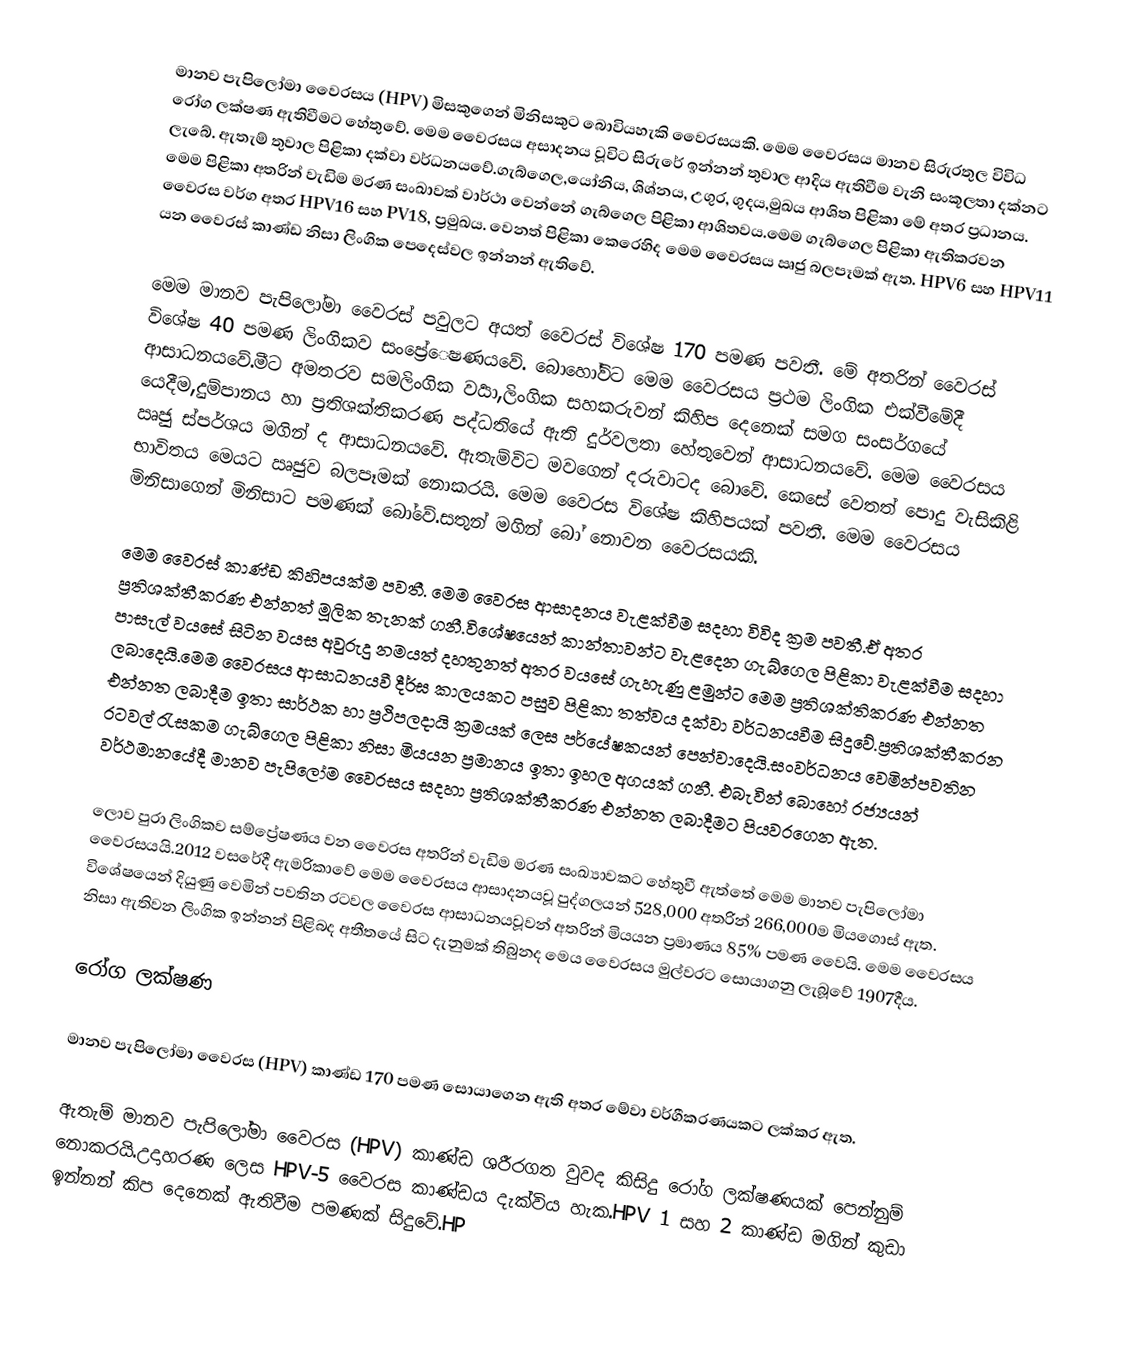
මානව පැපිලෝමා වෛරසය (HPV) මිසකුගෙන් මිනිසකුට බොවියහැකි වෛරසයකි. මෙම වෛරසය මානව සිරුරතුල විවිධ රෝග ලක්ෂණ ඇතිවීමට හේතුවේ. මෙම වෛරසය අසාදනය වූවිට සිරුරේ ඉන්නන් තුවාල ආදිය ඇතිවීම වැනි සංකූලතා දක්නට ලැබේ. ඇතැම් තුවාල පිළිකා දක්වා වර්ධනයවේ.ගැබ්ගෙල,යෝනිය, ශිශ්නය, උගුර, ගුදය,මුඛය ආශිත පිළිකා මේ අතර ප්‍රධානය. මෙම පිළිකා අතරින් වැඩිම මරණ සංඛාවක් වාර්ථා වෙන්නේ ගැබ්ගෙල පිළිකා ආශිතවය.මෙම ගැබ්ගෙල පිළිකා ඇතිකරවන වෛරස වර්ග අතර HPV16 සහ PV18, ප්‍රමුඛය. වෙනත් පිළිකා කෙරෙහිද මෙම වෛරසය ඍජු බලපෑමක් ඇත. HPV6 සහ HPV11 යන වෛරස් කාණ්ඩ නිසා  ලිංගික පෙදෙස්වල ඉන්නන් ඇතිවේ.

මෙම මානව පැපිලෝමා වෛරස් පවුලට අයත් වෛරස් විශේෂ 170 පමණ පවතී. මේ අතරින් වෛරස් විශේෂ 40 පමණ ලිංගිකව සංප්‍රේෙෂණයවේ. බොහෝවිට මෙම වෛරසය ප්‍රථම ලිංගික එක්වීමේදී ආසාධනයවේ.මීට අමතරව සමලිංගික වර්‍යා,ලිංගික සහකරුවන් කිහිප දෙනෙක් සමග සංසර්ගයේ යෙදීම,දුම්පානය හා ප්‍රතිශක්තිකරණ පද්ධතියේ ඇති දුර්වලතා හේතුවෙන් ආසාධනයවේ. මෙම වෛරසය ඍජු ස්පර්ශය මගින් ද ආසාධනයවේ. ඇතැම්විට මවගෙන් දරුවාටද බොවේ. කෙසේ වෙතත් පොදු වැසිකිළි භාවිතය මෙයට ඍජුව බලපෑමක් නොකරයි. මෙම වෛරස විශේෂ කිහිපයක් පවතී. මෙම වෛරසය මිනිසාගෙන් මිනිසාට පමණක් බෝවේ.සතුන් මගින් බෝ නොවන වෛරසයකි.

මෙම වෛරස් කාණ්ඩ කිහිපයක්ම පවතී. මෙම වෛරස ආසාදනය වැළක්වීම සදහා විවිද ක්‍රම පවතී.ඒ අතර ප්‍රතිශක්තීකරණ එන්නත් මූලික තැනක් ගනී.විශේෂයෙන් කාන්තාවන්ට වැළදෙන ගැබ්ගෙල පිළිකා වැළක්වීම සදහා පාසැල් වයසේ සිටින වයස අවුරුදු නමයත් දහතුනත් අතර වයසේ ගැහැණු ළමුන්ට මෙම ප්‍රතිශක්තිකරණ එන්නත ලබාදෙයි.මෙම වෛරසය ආසාධනයවී දීර්ඝ කාලයකට පසුව පිළිකා තත්වය දක්වා වර්ධනයවීම සිදුවේ.ප්‍රතිශක්තීකරන එන්නත ලබාදීම ඉතා සාර්ථක හා ප්‍රථිපලදායි ක්‍රමයක් ලෙස පර්යේෂකයන් පෙන්වාදෙයි.සංවර්ධනය වෙමින්පවතින රටවල් රැසකම ගැබ්ගෙල පිළිකා නිසා මියයන ප්‍රමානය ඉතා ඉහල අගයක් ගනී. එබැවින් බොහෝ රජ්‍යයන් වර්ථමානයේදී මානව පැපිලෝම වෛරසය සදහා ප්‍රතිශක්තීකරණ එන්නත ලබාදීමට පියවරගෙන ඇත.

ලොව පුරා ලිංගිකව සම්ප්‍රේෂණය වන වෛරස අතරින් වැඩිම මරණ සංඛ්‍යාවකට හේතුවී ඇත්තේ මෙම මානව පැපිලෝමා වෛරසයයි.2012 වසරේදී ඇමරිකාවේ මෙම වෛරසය ආසාදනයවූ පුද්ගලයන්  528,000  අතරින් 266,000ම මියගොස් ඇත. විශේෂයෙන් දියුණු වෙමින් පවතින රටවල වෛරස ආසාධනයවූවන් අතරින් මියයන ප්‍රමාණය 85% පමණ වෛයි. මෙම වෛරසය නිසා ඇතිවන ලිංගික ඉන්නන් පිළිබද අතීතයේ සිට දැනුමක් තිබුනද මෙය වෛරසය මුල්වරට සොයාගනු ලැබූවේ 1907දීය.

රෝග ලක්ෂණ

මානව පැපිලෝමා වෛරස (HPV) කාණ්ඩ 170 පමණ සොයාගෙන ඇති අතර මේවා වර්ගීකරණයකට ලක්කර ඇත.

ඇතැම් මානව පැපිලෝමා වෛරස (HPV) කාණ්ඩ ශරීරගත වුවද කිසිදු රෝග ලක්ෂණයක් පෙන්නුම් නොකරයි.උදාහරණ ලෙස HPV-5 වෛරස කාණ්ඩය දැක්විය හැක.HPV   1 සහ 2 කාණ්ඩ මගින් කුඩා ඉන්නන් කිප දෙනෙක් ඇතිවීම පමණක් සිදුවේ.HP